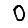
Digit: 0